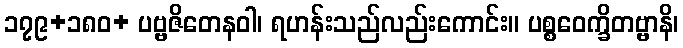
၁၇၉+၁၈၀+ ပဗ္ဗဇိတေနဝါ၊ ရဟန်းသည်လည်းကောင်း။ ပစ္စဝေက္ခိတဗ္ဗာနိ၊